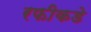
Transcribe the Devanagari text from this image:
रफीकडे